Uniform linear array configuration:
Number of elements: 16
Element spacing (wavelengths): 0.25
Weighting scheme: exponential
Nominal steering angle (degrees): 30
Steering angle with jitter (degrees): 29.771
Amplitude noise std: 0.05
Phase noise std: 0.05

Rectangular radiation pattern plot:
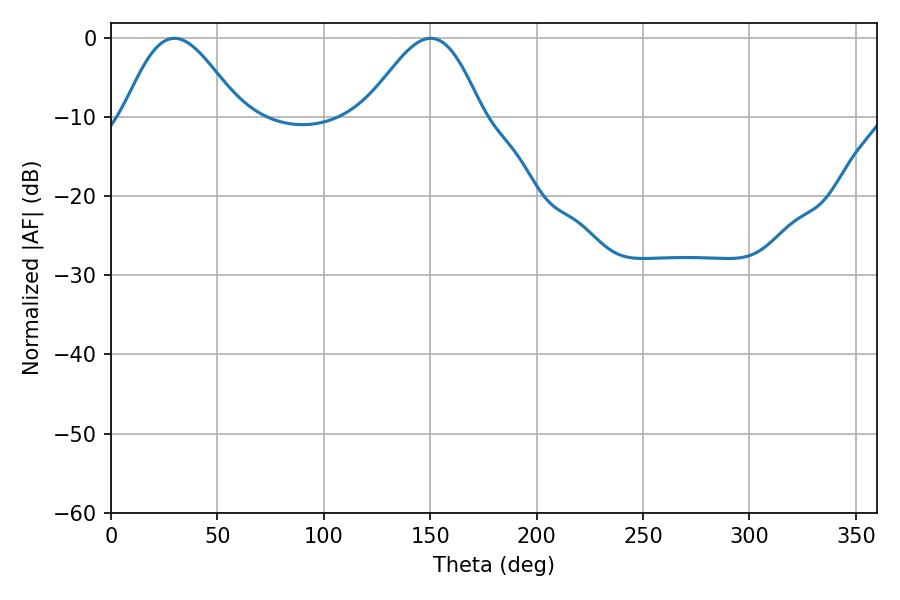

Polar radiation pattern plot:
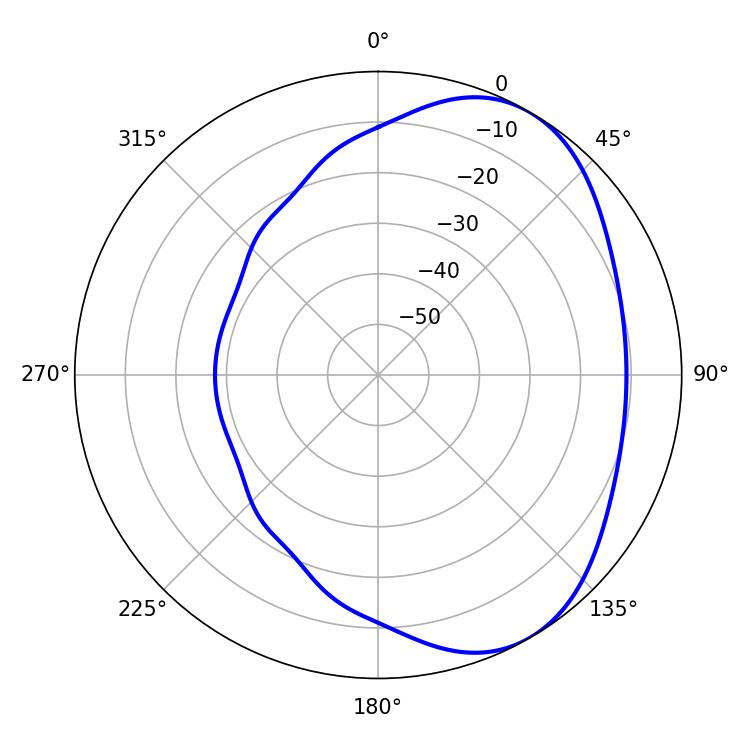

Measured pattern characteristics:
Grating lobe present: FALSE
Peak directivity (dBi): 4.822
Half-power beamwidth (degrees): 29.16
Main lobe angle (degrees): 29.88